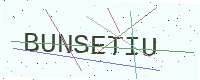
Text: BUNSETIU